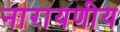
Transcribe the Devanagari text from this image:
नारायणीय